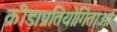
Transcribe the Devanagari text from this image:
क्रीड़ाप्रतियोगिताओं